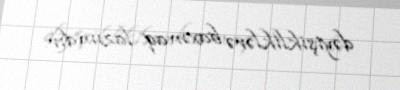
dəyişikliklərə baxmaq lazımdır.